Lunatic asylums Burma 1907-21 - 1907-1921
Year: 1907
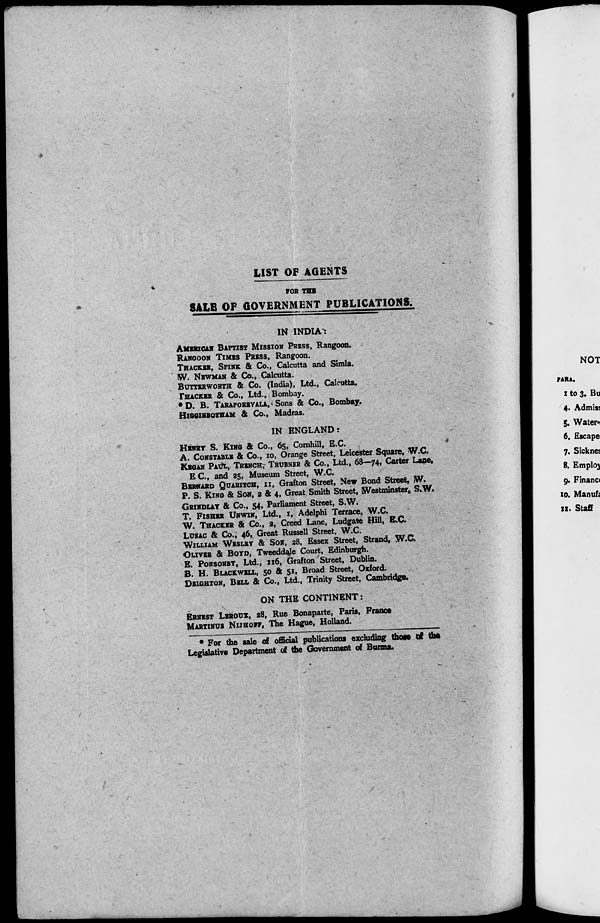
LIST OF AGENTS
FOR THE
SALE OF GOVERNMENT PUBLICATIONS.
IN INDIA:
AMERICAN BAPTIST MISSION PRESS, Rangoon.
RANGOON TIMES PRESS, Rangoon.
THACKER SPINK & Co., Calcutta and Simla.
W. NEWMAN & Co., Calcutta.
BUTTERWORTH & Co. (India), Ltd., Calcutta.
THACKER & Co., Ltd., Bombay.
* D. B. TARAPOREVALA, Sons & Co., Bombay.
HIGGINBOTHAM & Co., Madras.
IN ENGLAND:
HENRY S. KING & Co., 65, Cornhill, E.C.
A. CONSTABLE & Co., 10, Orange Street, Leicester Square, W.C.
KEGAN PAUL, TRENCH, TRUBNER & Co., Ltd., 68—74, Carter Lane,
E C, and 25, Museum Street, W.C.
BERNARD QUARITCH, II, Grafton Street, New Bond Street, W.
P. S. KING & SON, 2 & 4, Great Smith Street, Westminster, S.W.
GRINDLAY & Co., 54, Parliament Street, S.W.
T. FISHER UNWIN, Ltd., 1, Adelphi Terrace, W.C.
W. THACKER & Co., 2, Creed Lane, Ludgate Hill, E.C.
LUZAC & Co., 46, Great Russell Street, W.C.
WILLIAM WESLEY & SON, 28, Essex Street, Strand, W.C.
OLIVER & BOYD, Tweeddale Court, Edinburgh.
E. PONSONBY, Ltd., 116, Grafton Street, Dublin.
B. H. BLACKWELL, 50 & 51, Broad Street, Oxford.
DEIGHTON, BELL & Co., Ltd., Trinity Street, Cambridge.
ON THE CONTINENT:
ERNEST LEROUX, 28, Rue Bonaparte, Paris, France
MARTINUS NIJHOFF, The Hague, Holland.
* For the sale of official publications excluding those of the
Legislative Department of the Government of Burma.